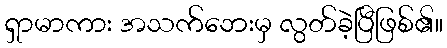
ရှာမာကား အသက်ဘေးမှ လွတ်ခဲ့ပြီဖြစ်၏။